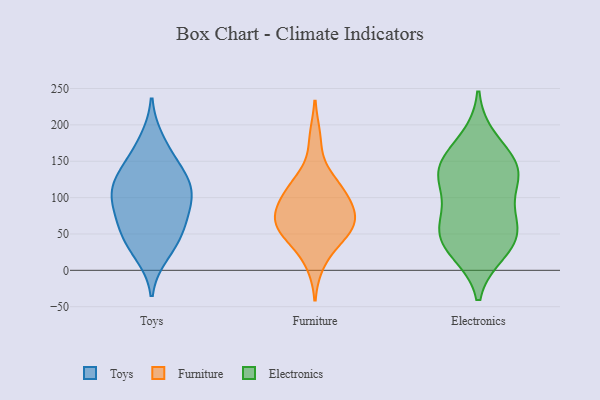
{"axis": {"x": "Active Users", "y": "Value"}, "legend": ["Electronics", "Furniture", "Toys"], "data": [{"x": "", "y": 100, "type": "Toys"}, {"x": "", "y": 127, "type": "Toys"}, {"x": "", "y": 114, "type": "Toys"}, {"x": "", "y": 92, "type": "Toys"}, {"x": "", "y": 44, "type": "Toys"}, {"x": "", "y": 178, "type": "Toys"}, {"x": "", "y": 71, "type": "Toys"}, {"x": "", "y": 23, "type": "Toys"}, {"x": "", "y": 41, "type": "Toys"}, {"x": "", "y": 132, "type": "Toys"}, {"x": "", "y": 107, "type": "Toys"}, {"x": "", "y": 153, "type": "Toys"}, {"x": "", "y": 66, "type": "Toys"}, {"x": "", "y": 45, "type": "Furniture"}, {"x": "", "y": 121, "type": "Furniture"}, {"x": "", "y": 55, "type": "Furniture"}, {"x": "", "y": 80, "type": "Furniture"}, {"x": "", "y": 60, "type": "Furniture"}, {"x": "", "y": 114, "type": "Furniture"}, {"x": "", "y": 68, "type": "Furniture"}, {"x": "", "y": 93, "type": "Furniture"}, {"x": "", "y": 90, "type": "Furniture"}, {"x": "", "y": 118, "type": "Furniture"}, {"x": "", "y": 49, "type": "Furniture"}, {"x": "", "y": 72, "type": "Furniture"}, {"x": "", "y": 181, "type": "Furniture"}, {"x": "", "y": 11, "type": "Furniture"}, {"x": "", "y": 26, "type": "Electronics"}, {"x": "", "y": 33, "type": "Electronics"}, {"x": "", "y": 130, "type": "Electronics"}, {"x": "", "y": 179, "type": "Electronics"}, {"x": "", "y": 144, "type": "Electronics"}, {"x": "", "y": 71, "type": "Electronics"}, {"x": "", "y": 133, "type": "Electronics"}, {"x": "", "y": 51, "type": "Electronics"}, {"x": "", "y": 45, "type": "Electronics"}, {"x": "", "y": 121, "type": "Electronics"}, {"x": "", "y": 147, "type": "Electronics"}, {"x": "", "y": 74, "type": "Electronics"}]}